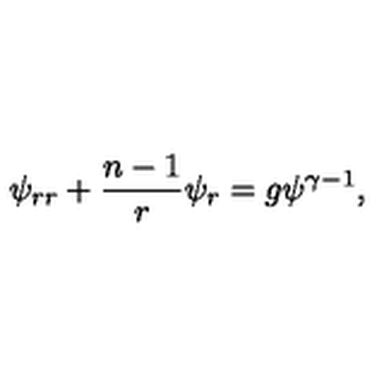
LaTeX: \psi _ { r r } + { \frac { n - 1 } { r } } \psi _ { r } = g \psi ^ { \gamma - 1 } ,